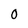
Character: 0